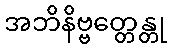
အဘိနိဗ္ဗတ္တေန္တု